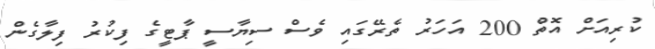
ކުރިއަށް އޮތް 200 އަހަރު ތެރޭގައި ވެސް ސިޔާސީ ޕާޓީގެ ފިކުރު ފިލާގެން